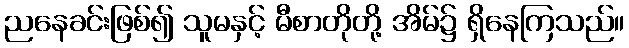
ညနေခင်းဖြစ်၍ သူမနှင့် မီစာတိုတို့ အိမ်၌ ရှိနေကြသည်။